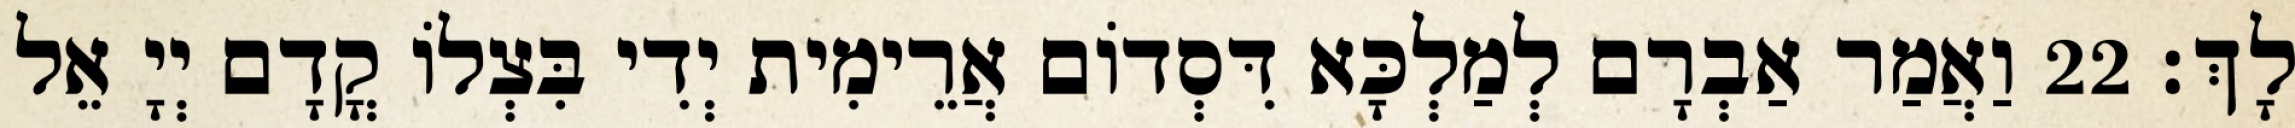
לָךְ׃ 22 וַאֲמַר אַבְרָם לְמַלְכָּא דִּסְדוֹם אֲרֵימִית יְדִי בִּצְלוֹ קֳדָם יְיָ אֵל